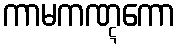
ကာမကဏ္ဋကော